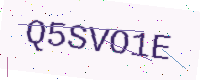
Text: Q5SVO1E